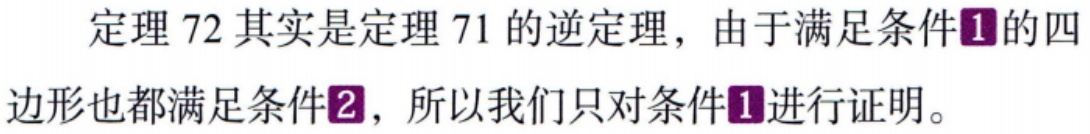
定理 72 其实是定理 71 的逆定理，由于满足条件\textcircled{1}的四边形也都满足条件\textcircled{2}，所以我们只对条件\textcircled{1}进行证明。